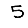
Digit: 5